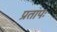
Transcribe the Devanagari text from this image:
प्रतापः